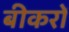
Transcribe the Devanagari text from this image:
बीकरों